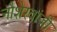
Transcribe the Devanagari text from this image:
नौशेरवांजी